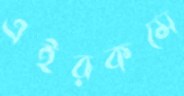
এইরকমে